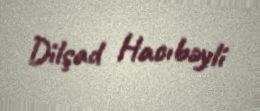
Dilşad Hacıbəyli